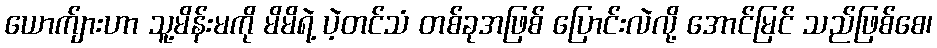
ယောက်ျားဟာ သူ့မိန်းမကို မိမိရဲ့ ပဲ့တင်သံ တစ်ခုအဖြစ် ပြောင်းလဲလို့ အောင်မြင် သည်ဖြစ်စေ၊